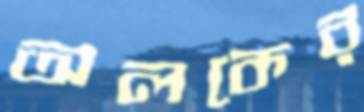
অলকের